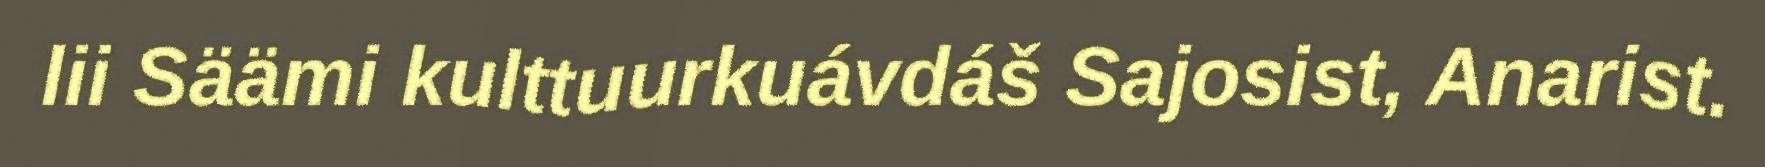
lii Säämi kulttuurkuávdáš Sajosist, Anarist.